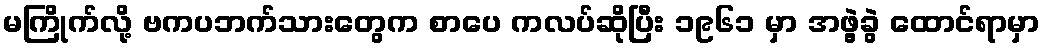
မကြိုက်လို့ ဗကပဘက်သားတွေက စာပေ ကလပ်ဆိုပြီး ၁၉၆၁ မှာ အဖွဲ့ခွဲ ထောင်ရာမှာ